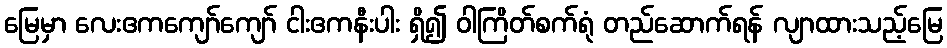
မြေမှာ လေးဧကကျော်ကျော် ငါးဧကနီးပါး ရှိ၍ ဝါကြိတ်စက်ရုံ တည်ဆောက်ရန် လျာထားသည့်မြေ